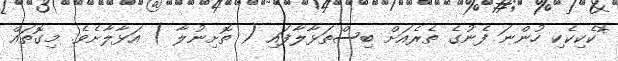
*ކެކިކެކި ހުންނަ ފެނުގެ ތެރެއަށް ބިސްތަޅާލާފައި ( ތޮށިނުލާ ) އަޅާލާށެވެ. މިގޮތައް